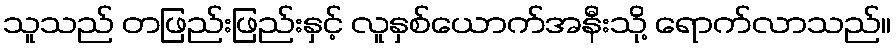
သူသည် တဖြည်းဖြည်းနှင့် လူနှစ်ယောက်အနီးသို့ ရောက်လာသည်။